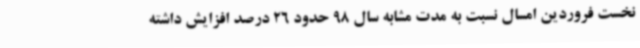
نخست فروردین امسال نسبت به مدت مشابه سال 98 حدود 26 درصد افزایش داشته